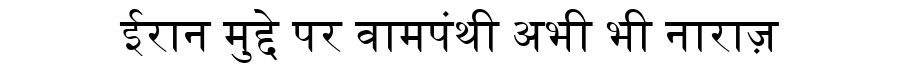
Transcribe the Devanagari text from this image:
ईरान मुद्दे पर वामपंथी अभी भी नाराज़